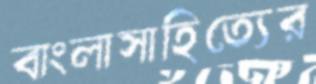
বাংলাসাহিত্যের